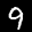
Label: 9